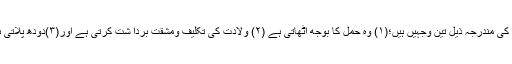
جس کی مندرجہ ذیل تین وجہیں ہیں؛(۱) وہ حمل کا بوجھ اٹھاتی ہے (۲) ولادت کی تکلیف ومشقت بردا شت کرتی ہے اور(۳)دودھ پلاتی ہے ۔